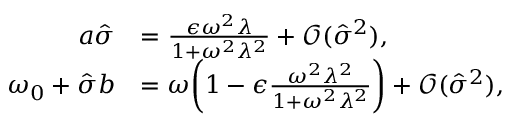
\begin{array} { r l } { a \hat { \sigma } } & { = \frac { \epsilon \omega ^ { 2 } \lambda } { 1 + \omega ^ { 2 } \lambda ^ { 2 } } + \mathcal { O } ( \hat { \sigma } ^ { 2 } ) , } \\ { \omega _ { 0 } + \hat { \sigma } b } & { = \omega \bigg ( 1 - \epsilon \frac { \omega ^ { 2 } \lambda ^ { 2 } } { 1 + \omega ^ { 2 } \lambda ^ { 2 } } \bigg ) + \mathcal { O } ( \hat { \sigma } ^ { 2 } ) , } \end{array}